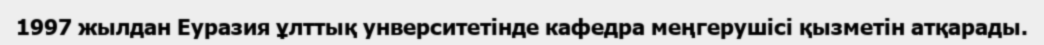
1997 жылдан Еуразия ұлттық унверситетінде кафедра меңгерушісі қызметін атқарады.